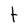
Character: t